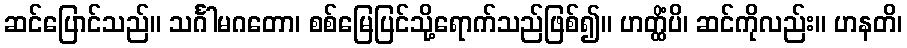
ဆင်ပြောင်သည်။ သင်္ဂါမဂတော၊ စစ်မြေပြင်သို့ရောက်သည်ဖြစ်၍။ ဟတ္ထိံပိ၊ ဆင်ကိုလည်း။ ဟနတိ၊